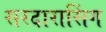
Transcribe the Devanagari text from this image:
सरदारासिंग